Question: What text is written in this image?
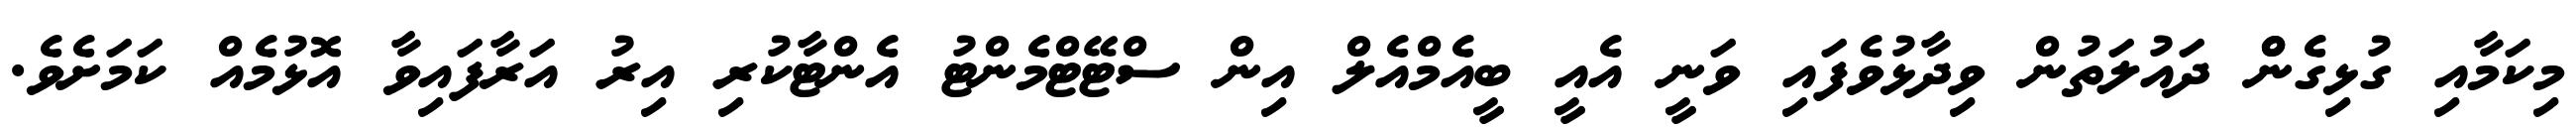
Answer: މިކަމާއި ގުޅިގެންް ދައުލަތުން ވިދާޅުވެފައި ވަނީ އެއީ ބީއެމްއެލް އިން ސްޓޭޓްމެންޓު އެންޓާކުރި އިރު އަރާފައިވާ އޮޅުމެއް ކަމަށެވެ.